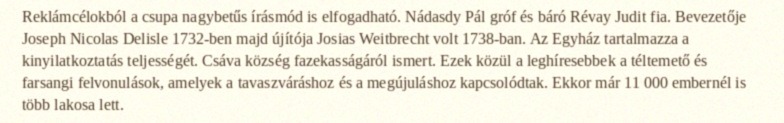
Reklámcélokból a csupa nagybetűs írásmód is elfogadható. Nádasdy Pál gróf és báró Révay Judit fia. Bevezetője Joseph Nicolas Delisle 1732-ben majd újítója Josias Weitbrecht volt 1738-ban. Az Egyház tartalmazza a kinyilatkoztatás teljességét. Csáva község fazekasságáról ismert. Ezek közül a leghíresebbek a téltemető és farsangi felvonulások, amelyek a tavaszváráshoz és a megújuláshoz kapcsolódtak. Ekkor már 11 000 embernél is több lakosa lett.